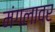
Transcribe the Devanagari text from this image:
मंगलावर